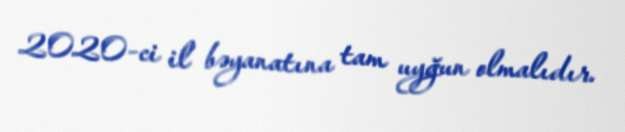
2020-ci il bəyanatına tam uyğun olmalıdır.